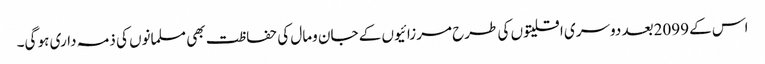
اس کے 2099بعد دوسری اقلیتوں کی طرح مرزائیوں کے جان ومال کی حفاظت بھی مسلمانوں کی ذمہ داری ہو گی۔